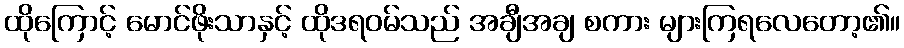
ထိုကြောင့် မောင်ဖိုးသာနှင့် ထိုဒရဝမ်သည် အချီအချ စကား များကြရလေတော့၏။